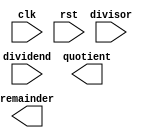
module Radix2_SRT_Divider (
    input wire clk,
    input wire rst,
    input wire [31:0] dividend,
    input wire [31:0] divisor,
    output reg [31:0] quotient,
    output reg [31:0] remainder
    // Add any other necessary input/output ports here
);

// Control unit
// Add code for the control unit here

// Radix-2 SRT divider module
// Add code for the Radix-2 SRT divider module here

// Arithmetic blocks
// Add code for adders and subtractors here

// Register file
// Add code for register file here

// Pipeline stages
// Add code for pipeline stages here

// Data path
// Add code for data path connections here

endmodule